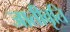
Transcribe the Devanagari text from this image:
जातीवृति